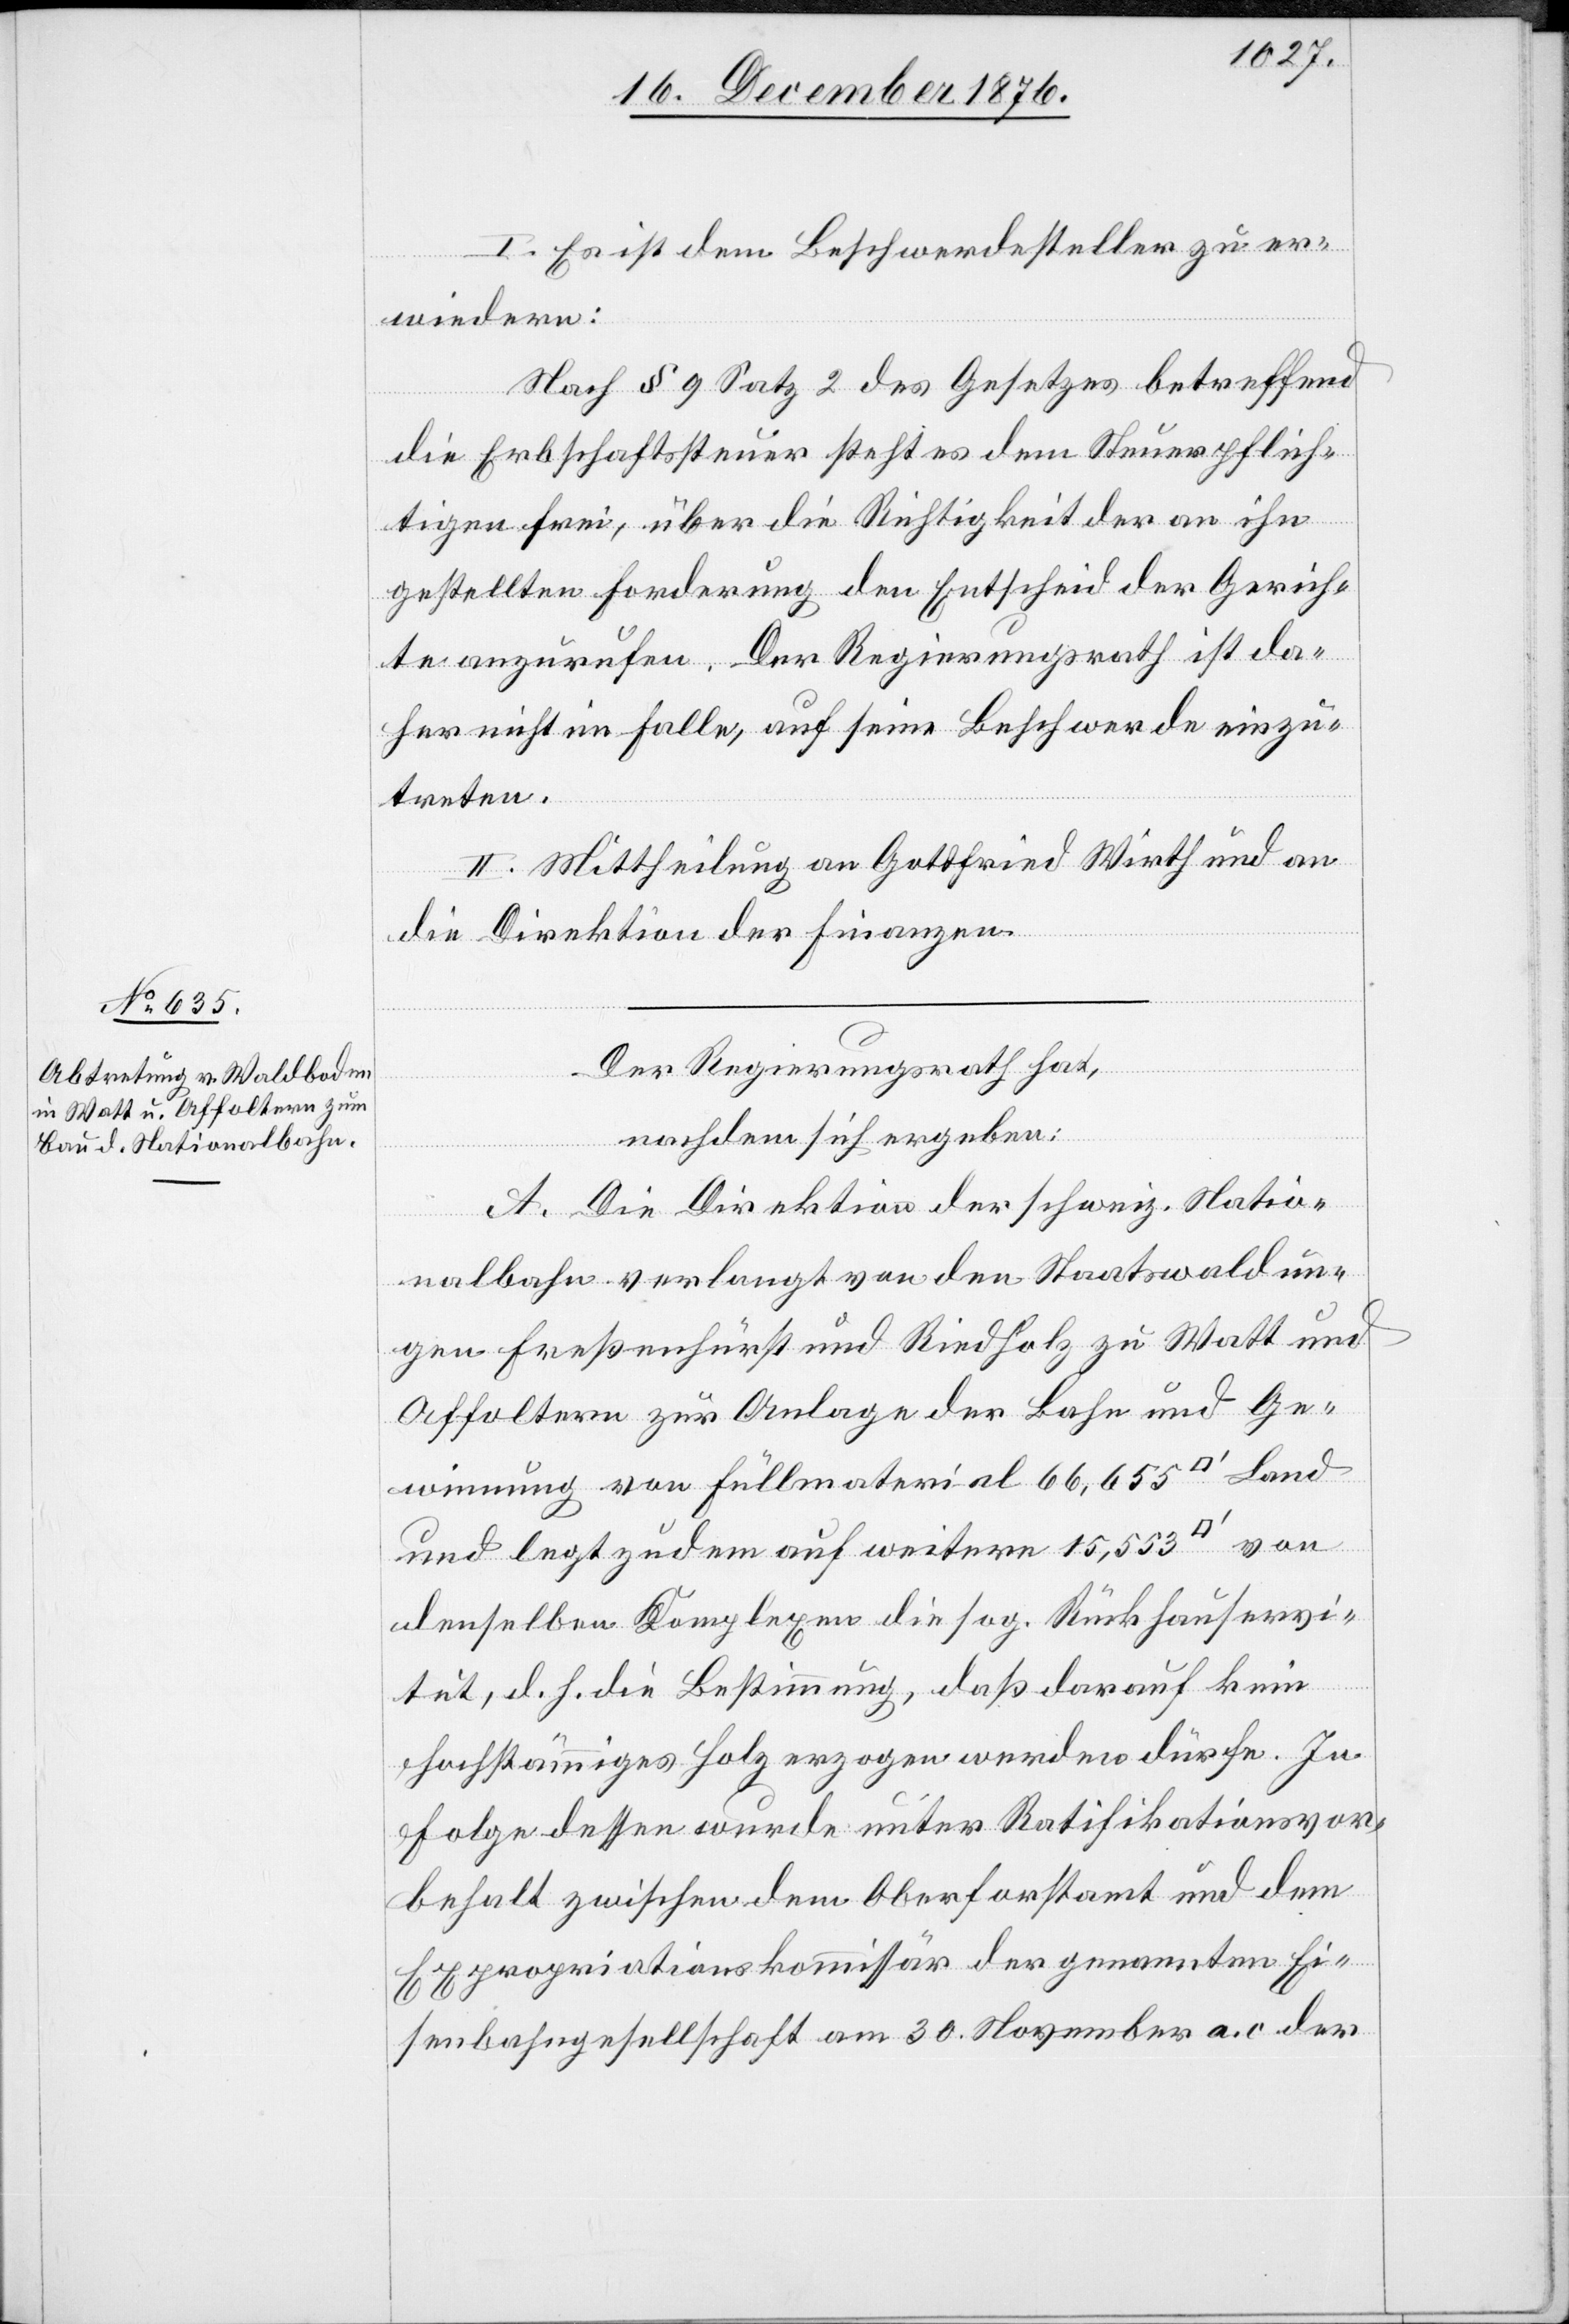
I. Es ist dem Beschwerdesteller zu er¬
wiedern:
Nach § 9 Satz 2 des Gesetzes betreffend
die Erbschaftssteuer steht es dem Steuerpflich¬
tigen frei, über die Richtigkeit der an ihn
gestellten Forderung den Entscheid der Gerich¬
te anzurufen. Der Regierungsrath ist da¬
her nicht im Falle, auf seine Beschwerde einzu¬
treten.
II. Mittheilung an Gottfried Wirth und an
die Direktion der Finanzen.
Der Regierungsrath hat,
nachdem sich ergeben:
A. Die Direktion der schweiz. Natio¬
nalbahn verlangt von den Staatswaldun¬
gen Freßenhürst und Riedholz zu Watt und
Affoltern zur Anlage der Bahn und Ge¬
winnung von Füllmaterial 66,655 [Quadratfuß] Land
und legt zudem auf weitere 15,553
denselben Komplexen die sog. Rückhauservi¬
tut, d. h. die Bestimmung, daß darauf kein
hochstämmiges Holz erzogen werden dürfe. In
Folge dessen wurde unter Ratifikationsvor¬
behalt zwischen dem Oberforstamt und dem
Expropriationskommissär der genannten Ei¬
senbahngesellschaft am 30. November a. c. der